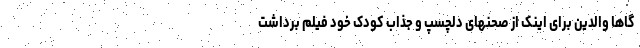
گاها والدین برای اینک از صحنهای دلچسپ و جذاب کودک خود فیلم برداشت